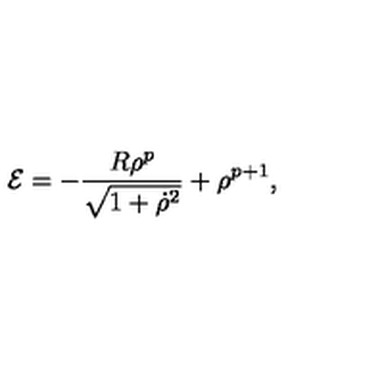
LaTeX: { \cal E } = - \frac { R { \rho } ^ { p } } { \sqrt { 1 + { \dot { \rho } } ^ { 2 } } } + { \rho } ^ { p + 1 } ,